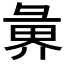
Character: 𭛑